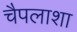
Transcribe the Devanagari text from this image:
चैपलाशा